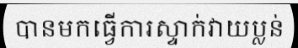
បានមកធ្វើការស្ទាក់វាយប្លន់